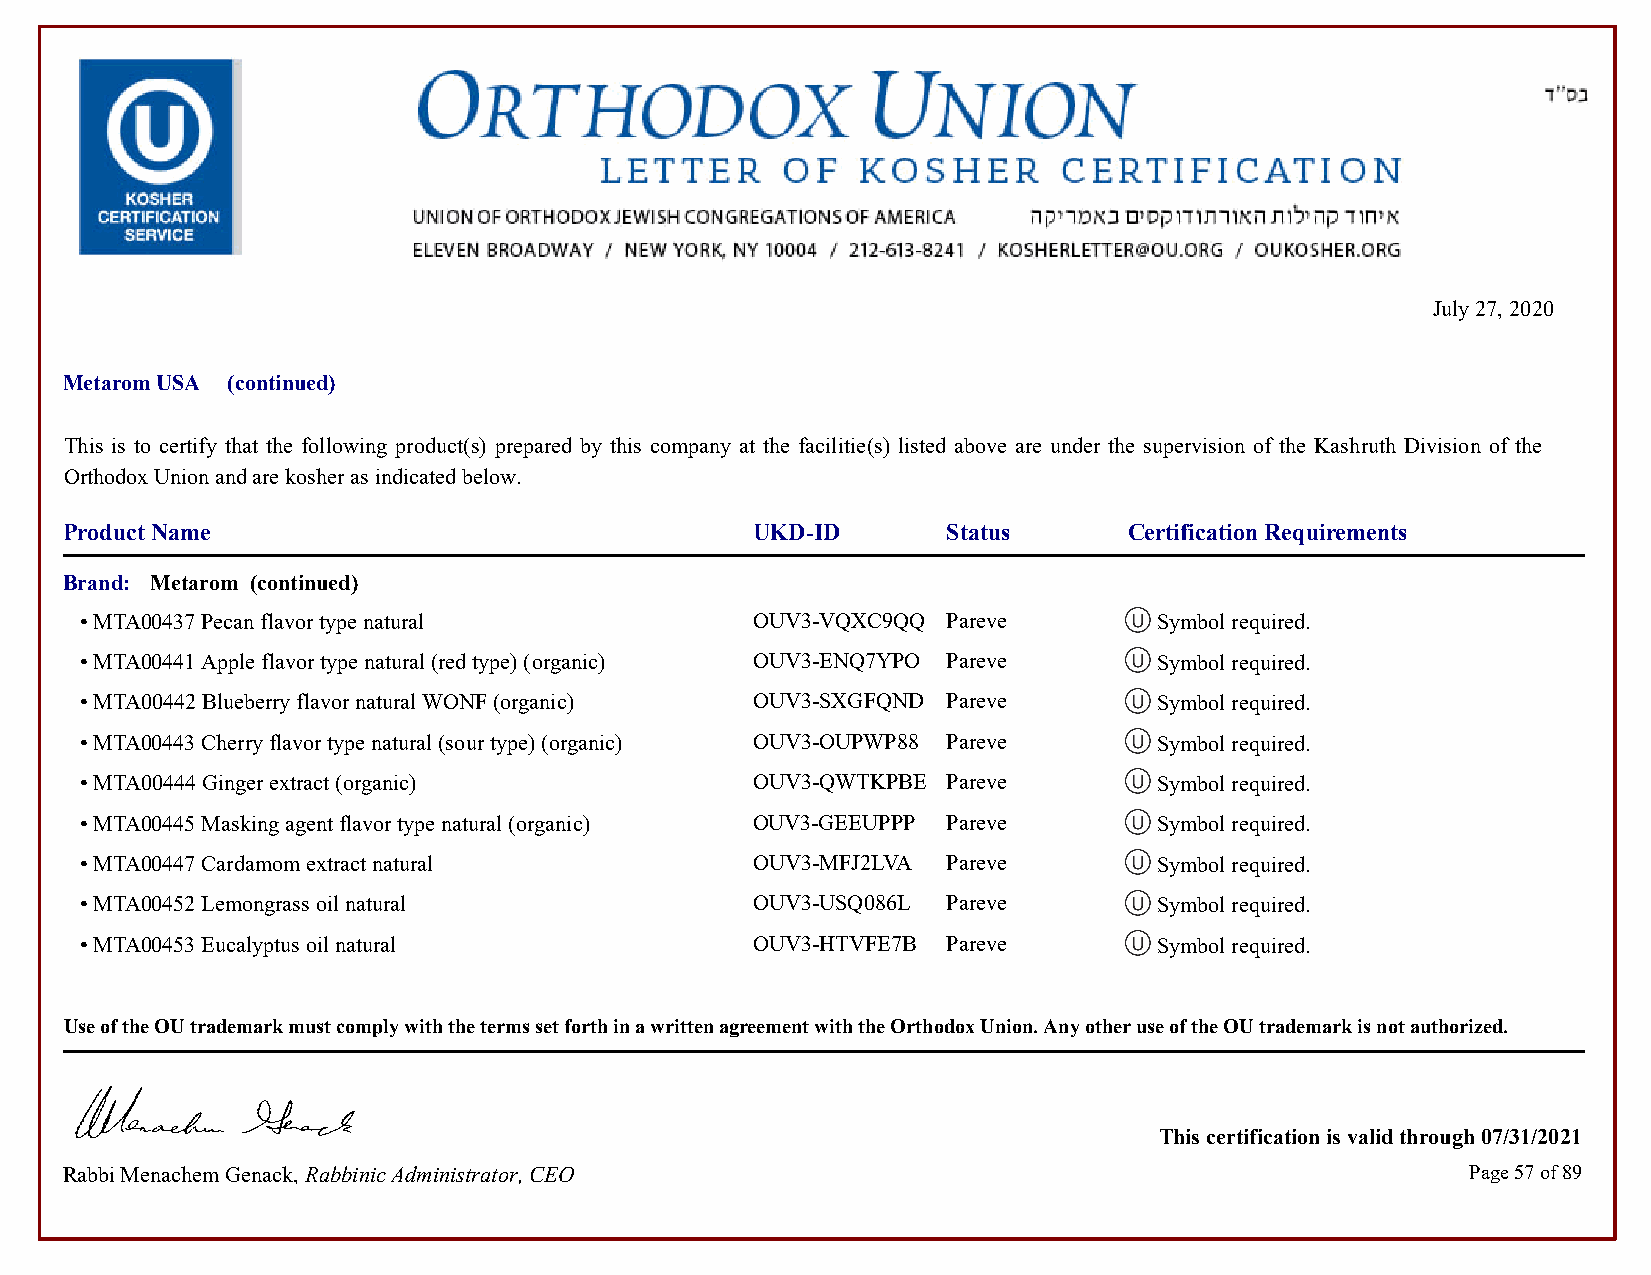
July 27, 2020
 Metarom USA (continued)
 This is to certify that the following product(s) prepared by this company at the facilitie(s) listed above are under the supervision of the Kashruth Division of the
 Orthodox Union and are kosher as indicated below.
 Product Name                                  UKD-ID       Status      Certification Requirements
 Brand: Metarom (continued)
 • MTA00437 Pecan flavor type natural         OUV3-VQXC9QQ Pareve        Symbol required.            Symbol required.
 • MTA00441 Apple flavor type natural (red type) (organic) OUV3-ENQ7YPO Pareve Symbol required.      Symbol required.
 • MTA00442 Blueberry flavor natural WONF (organic) OUV3-SXGFQND Pareve  Symbol required.            Symbol required.
 • MTA00443 Cherry flavor type natural (sour type) (organic) OUV3-OUPWP88 Pareve Symbol required.    Symbol required.
 • MTA00444 Ginger extract (organic)          OUV3-QWTKPBE Pareve        Symbol required.            Symbol required.
 • MTA00445 Masking agent flavor type natural (organic) OUV3-GEEUPPP Pareve Symbol required.         Symbol required.
 • MTA00447 Cardamom extract natural          OUV3-MFJ2LVA Pareve        Symbol required.            Symbol required.
 • MTA00452 Lemongrass oil natural            OUV3-USQ086L Pareve        Symbol required.            Symbol required.
 • MTA00453 Eucalyptus oil natural            OUV3-HTVFE7B Pareve        Symbol required.            Symbol required.
 Use of the OU trademark must comply with the terms set forth in a written agreement with the Orthodox Union. Any other use of the OU trademark is not authorized.
 This certification is valid through 07/31/2021
 Rabbi Menachem Genack, Rabbinic Administrator, CEO                                           Page 57 of 89